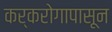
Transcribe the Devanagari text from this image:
कर्करोगापासून